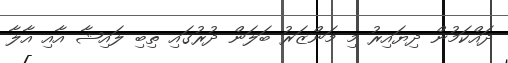
ދައްކަމުން ދިޔައިރު މި މަންޒަރު ބަލަން ދުރުގައި ތިބި ލައިޝާ އާއި އާލާ